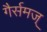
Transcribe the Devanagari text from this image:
गैर्समज्